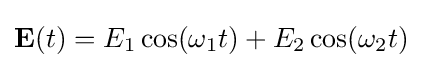
\mathbf {E} (t)=E_{1}\cos(\omega _{1}t)+E_{2}\cos(\omega _{2}t)